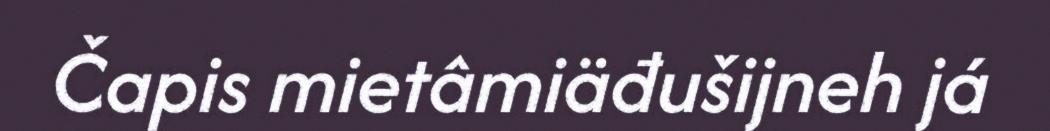
Čapis mietâmiäđušijneh já